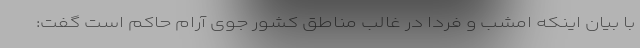
با بیان اینکه امشب و فردا در غالب مناطق کشور جوی آرام حاکم است گفت: